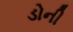
ડોની